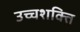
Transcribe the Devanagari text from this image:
उच्चशक्ति